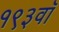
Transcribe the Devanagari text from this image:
१९३वॉ